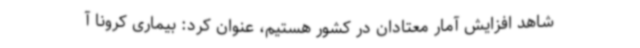
شاهد افزایش آمار معتادان در کشور هستیم، عنوان کرد: بیماری کرونا آ